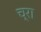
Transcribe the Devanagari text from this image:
च्रा